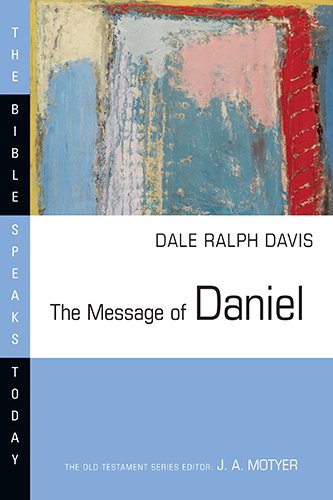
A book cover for The Message of Daniel (Bible Speaks Today); Dale Ralph Davis; Christian Books & Bibles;